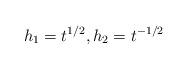
LaTeX: \begin{align*}h_1=t^{1/2},h_2=t^{-1/2}\end{align*}